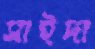
সাইদা